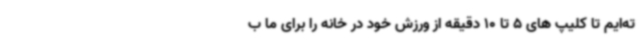
ته‌ایم تا کلیپ های 5 تا 10 دقیقه از ورزش خود در خانه را برای ما ب